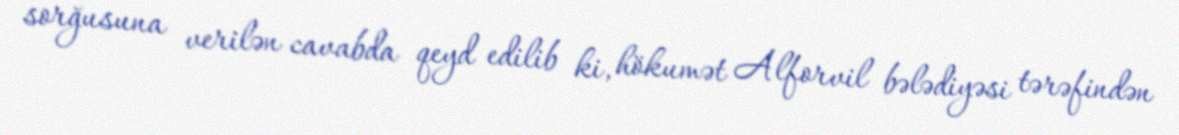
sorğusuna verilən cavabda qeyd edilib ki, hökumət Alforvil bələdiyəsi tərəfindən